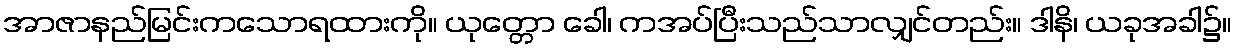
အာဇာနည်မြင်းကသောရထားကို။ ယုတ္တော ခေါ၊ ကအပ်ပြီးသည်သာလျှင်တည်း။ ဒါနိ၊ ယခုအခါ၌။